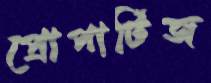
প্রোপার্টিজ